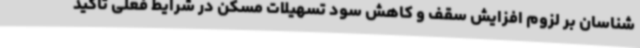
شناسان بر لزوم افزایش سقف و کاهش سود تسهیلات مسکن در شرایط فعلی تاکید